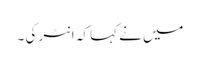
میں نے کہا کہ انٹر کی ۔